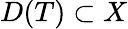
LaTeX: D(T)\subset X